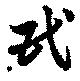
民